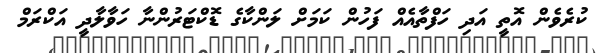
ކުރެވެން އޮތީ އަދި ހަފްތާއެއް ފަހުން ކަމަށް ލަންކާގެ ޑޮކްޓަރުންނާ ހަވާލާދީ އަކްރަމް